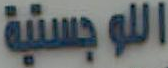
اللوجستية